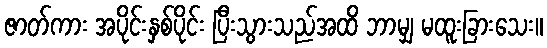
ဇာတ်ကား အပိုင်းနှစ်ပိုင်း ပြီးသွားသည်အထိ ဘာမျှ မထူးခြားသေး။